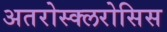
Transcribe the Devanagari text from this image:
अतरोस्क्लरोसिस